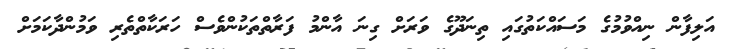
އަލިފާން ނިއްވުމުގެ މަސައްކަތުގައި ތިނަދޫގެ ވަރަށް ގިނަ އާންމު ފަރާތްތަކުންވެސް ހަރަކާތްތެރި ވަމުންދާކަމަށް